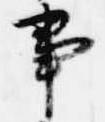
事